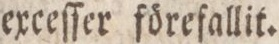
exceſſer förefallit.